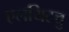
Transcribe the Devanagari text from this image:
एलयिटत्तु